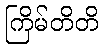
ကြိမ်တိတိ